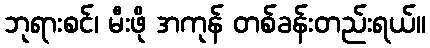
ဘုရားစင်၊ မီးဖို အကုန် တစ်ခန်းတည်းရယ်။